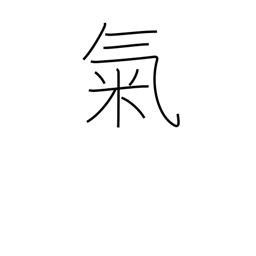
Meaning: mood